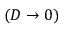
( D \to 0 )